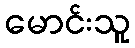
မောင်းသူ